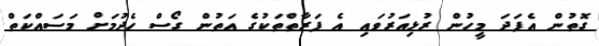
ގޮތުން އެފަދަ މީހުން ރުޅިއަރުވައި އެ ފަރާތްތަކުގެ އަތުން ގޯސް ހެދުމަށް މަސައްކަތް